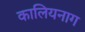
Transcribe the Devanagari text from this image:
कालियनाग